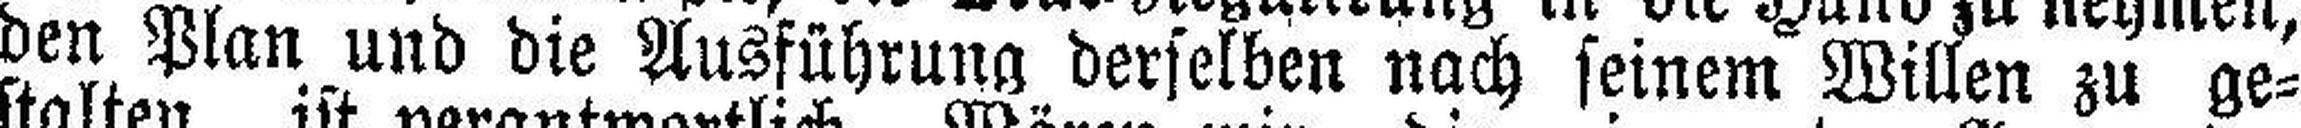
den Plan und die Ausführung derselben nach seinem Willen zu ge¬